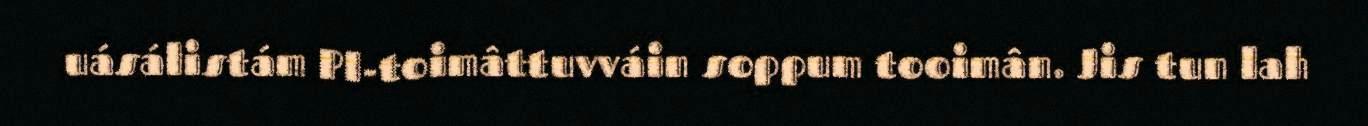
uásálistám PI-toimâttuvváin soppum tooimân. Jis tun lah